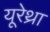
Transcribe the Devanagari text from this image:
यूरेथ्रा